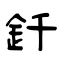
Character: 釺